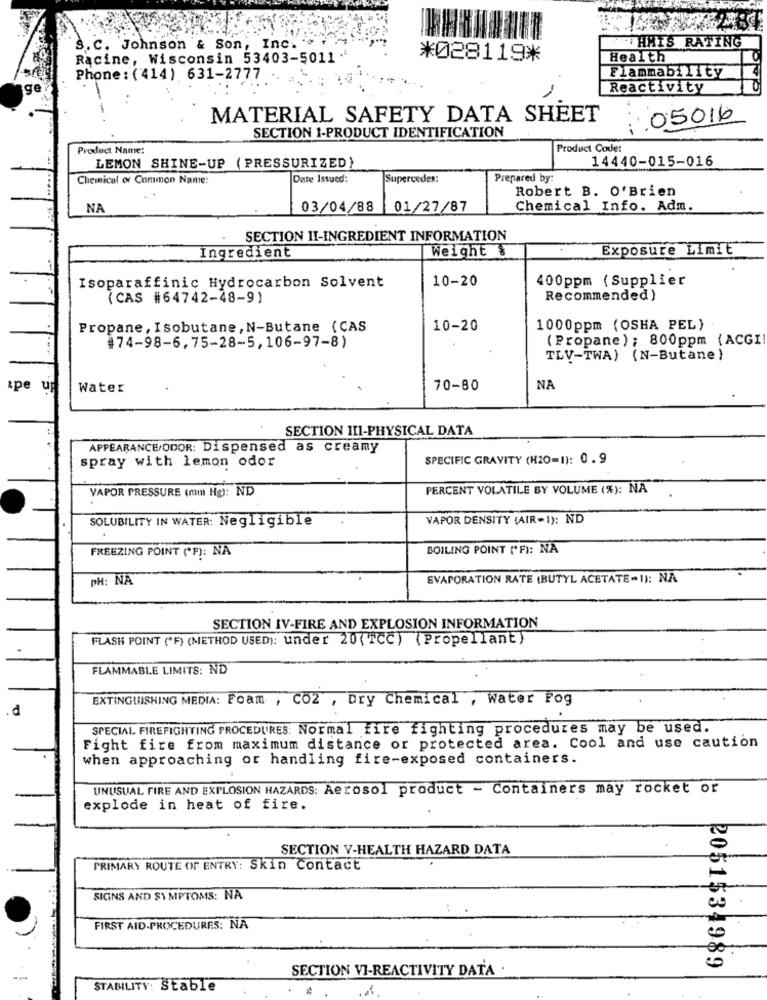
WITHHIS RATING
.C. Johnson & Son, Inc. ^
Racine, Wisconsin 53403-5011 -
*028119*
Health
Phone : (414) 631-2777
Flammability
Reactivity
MATERIAL SAFETY DATA SHEET
05016
SECTION 1-PRODUCT IDENTIFICATION
Product Name:
Product Code:
14440-015-016
LEMON SHINE-UP (PRESSURIZED)
Chemical or Common Name:
Date Issued:
Supercedex:
Prepared by:
Robert B. O'Brien
NA
03/04/88
01/27/87
Chemical Info. Adm.
SECTION II-INGREDIENT INFORMATION
Weight &
Exposure Limit
Ingredient
10-20
400ppm (Supplier
Isoparaffinic Hydrocarbon Solvent
(CAS #64742-48-9)
Recommended)
Propane, Isobutane, N-Butane (CAS
10-20
1000ppm (OSHA PEL)
#74-98-6,75-28-5,106-97-8)
( Propane ) ; 800ppm (ACGI
TLV-TWA) (N-Butane)
spe
Water
70-80
NA
SECTION III-PHYSICAL DATA
APPEARANCE/ODOR: Dispensed as creamy
spray with lemon odor
SPECIFIC GRAVITY (H20=1): 0.9
PERCENT VOLATILE BY VOLUME (%): NA
VAPOR PRESSURE (mm Hg): ND
VAPOR DENSITY (AIR-1): ND
SOLUBILITY IN WATER: Negligible
BOILING POINT (*F): NA
FREEZING POINT ("F): NA
PH: NA
EVAPORATION RATE (BUTYL ACETATE-1): NA
SECTION IV-FIRE AND EXPLOSION INFORMATION
FLASH POINT (*F) (METHOD USED): under 20(TCC) (Propellant)
FLAMMABLE LIMITS: ND
EXTINGUISHING MEDIA: Foam , CO2 , Dry Chemical , Water Fog
SPECIAL FIREFIGHTING PROCEDURES: Normal fire fighting procedures may be used.
Fight fire from maximum distance or protected area. Cool and use caution
when approaching or handling fire-exposed containers.
UNUSUAL FIRE AND EXPLOSION HAZARDS: Aerosol product - Containers may rocket or
explode in heat of fire.
SECTION Y-HEALTH HAZARD DATA
PRIMARY ROUTE OF ENTRY: Skin Contact
SIGNS AND SYMPTOMS: NA
FIRST AID-PROCEDURES: NA
SECTION VI-REACTIVITY DATA .
2051534989
--
STABILITY: Stable